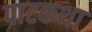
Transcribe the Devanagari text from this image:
पाटकथा